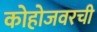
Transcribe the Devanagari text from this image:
कोहोजवरची